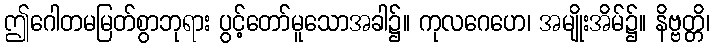
ဤဂေါတမမြတ်စွာဘုရား ပွင့်တော်မူသောအခါ၌။ ကုလဂေဟေ၊ အမျိုးအိမ်၌။ နိဗ္ဗတ္တိ၊